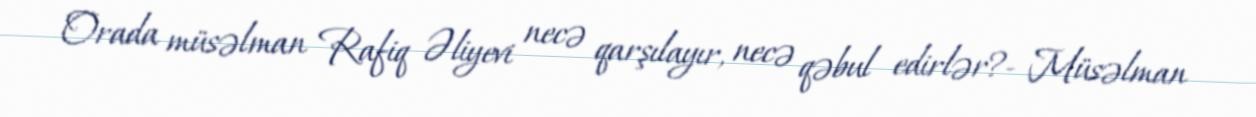
Orada müsəlman Rafiq Əliyevi necə qarşılayır, necə qəbul edirlər?- Müsəlman